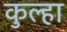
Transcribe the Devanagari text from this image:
कुल्हा